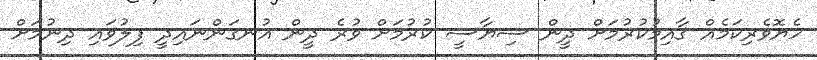
ހެޔޮވެރިކަމެއް ޤާއިމުކުރުމަށް ދީން ސިޔާސީ ކުރުމަށް ވުރެ ދީން އުނގަންނައިދީ ފިލުވައި ދިނުމަށް